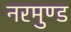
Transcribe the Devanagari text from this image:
नरमुण्ड